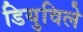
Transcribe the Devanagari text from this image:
डियुविले